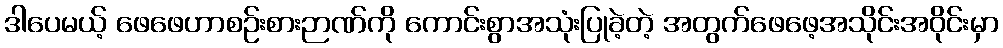
ဒါပေမယ့် ဖေဖေဟာစဉ်းစားဉာဏ်ကို ကောင်းစွာအသုံးပြုခဲ့တဲ့ အတွက်ဖေဖေ့အသိုင်းအဝိုင်းမှာ